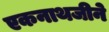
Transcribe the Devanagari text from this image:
एकनाथजीने